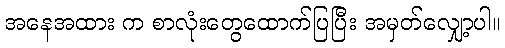
အနေအထား က စာလုံးတွေထောက်ပြပြီး အမှတ်လျှော့ပါ။